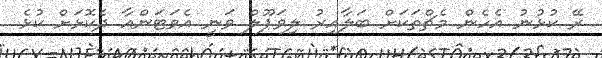
ރޭ ކުޅުނު އެހެން މެޗްތަކަށް ބަލާއިރު ލިވަޕޫލް ވަނީ އެވަޓަންއާ ދެކޮޅަށް ކުޅެ